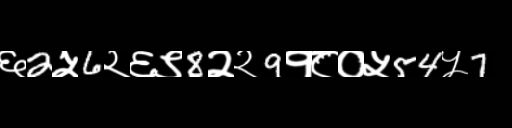
Text: ६2५6२६९8२२9१८०५54५7